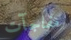
مفاجآت